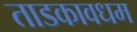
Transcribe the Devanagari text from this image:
ताडकावधम